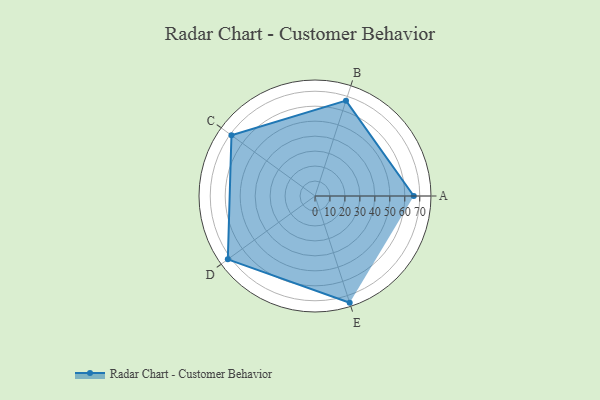
{"axis": {"x": "Skill", "y": "Score"}, "legend": ["Profile"], "data": [{"x": "A", "y": 66.0, "type": "Profile"}, {"x": "B", "y": 67.0, "type": "Profile"}, {"x": "C", "y": 69.0, "type": "Profile"}, {"x": "D", "y": 72.0, "type": "Profile"}, {"x": "E", "y": 75.0, "type": "Profile"}]}